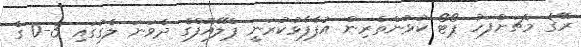
ރޭގެ މެޗަށްފަހު ޕޯޓޯ ކުޅުންތެރިން އުފާފާޅުކުރަނީ ޕްލޭއޮފްގެ ދެވަނަ ލެގުގައި 3-0 ގެ